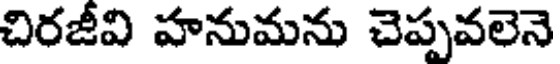
చిరజీవి హనుమను చెప్పవలెనె